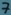
Text: 7